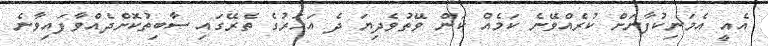
އެއީ އެމަނިކުފާނަށް ކުރެއްވޭނެ ކަމެއް ކަން ވޭތުވެދިޔަ ދެ އަހަރުގެ ތެރޭގައި ސާބިތުކޮށްދެއްވާފައިވާނެ